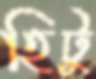
হিটু